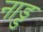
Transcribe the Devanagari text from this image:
नाड्ड